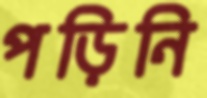
পড়িনি